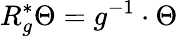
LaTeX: R_{g}^{*}\Theta=g^{-1}\cdot\Theta